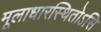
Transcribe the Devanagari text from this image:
मूलाधारस्थितोऽसि